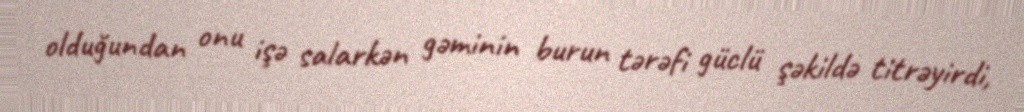
olduğundan onu işə salarkən gəminin burun tərəfi güclü şəkildə titrəyirdi,